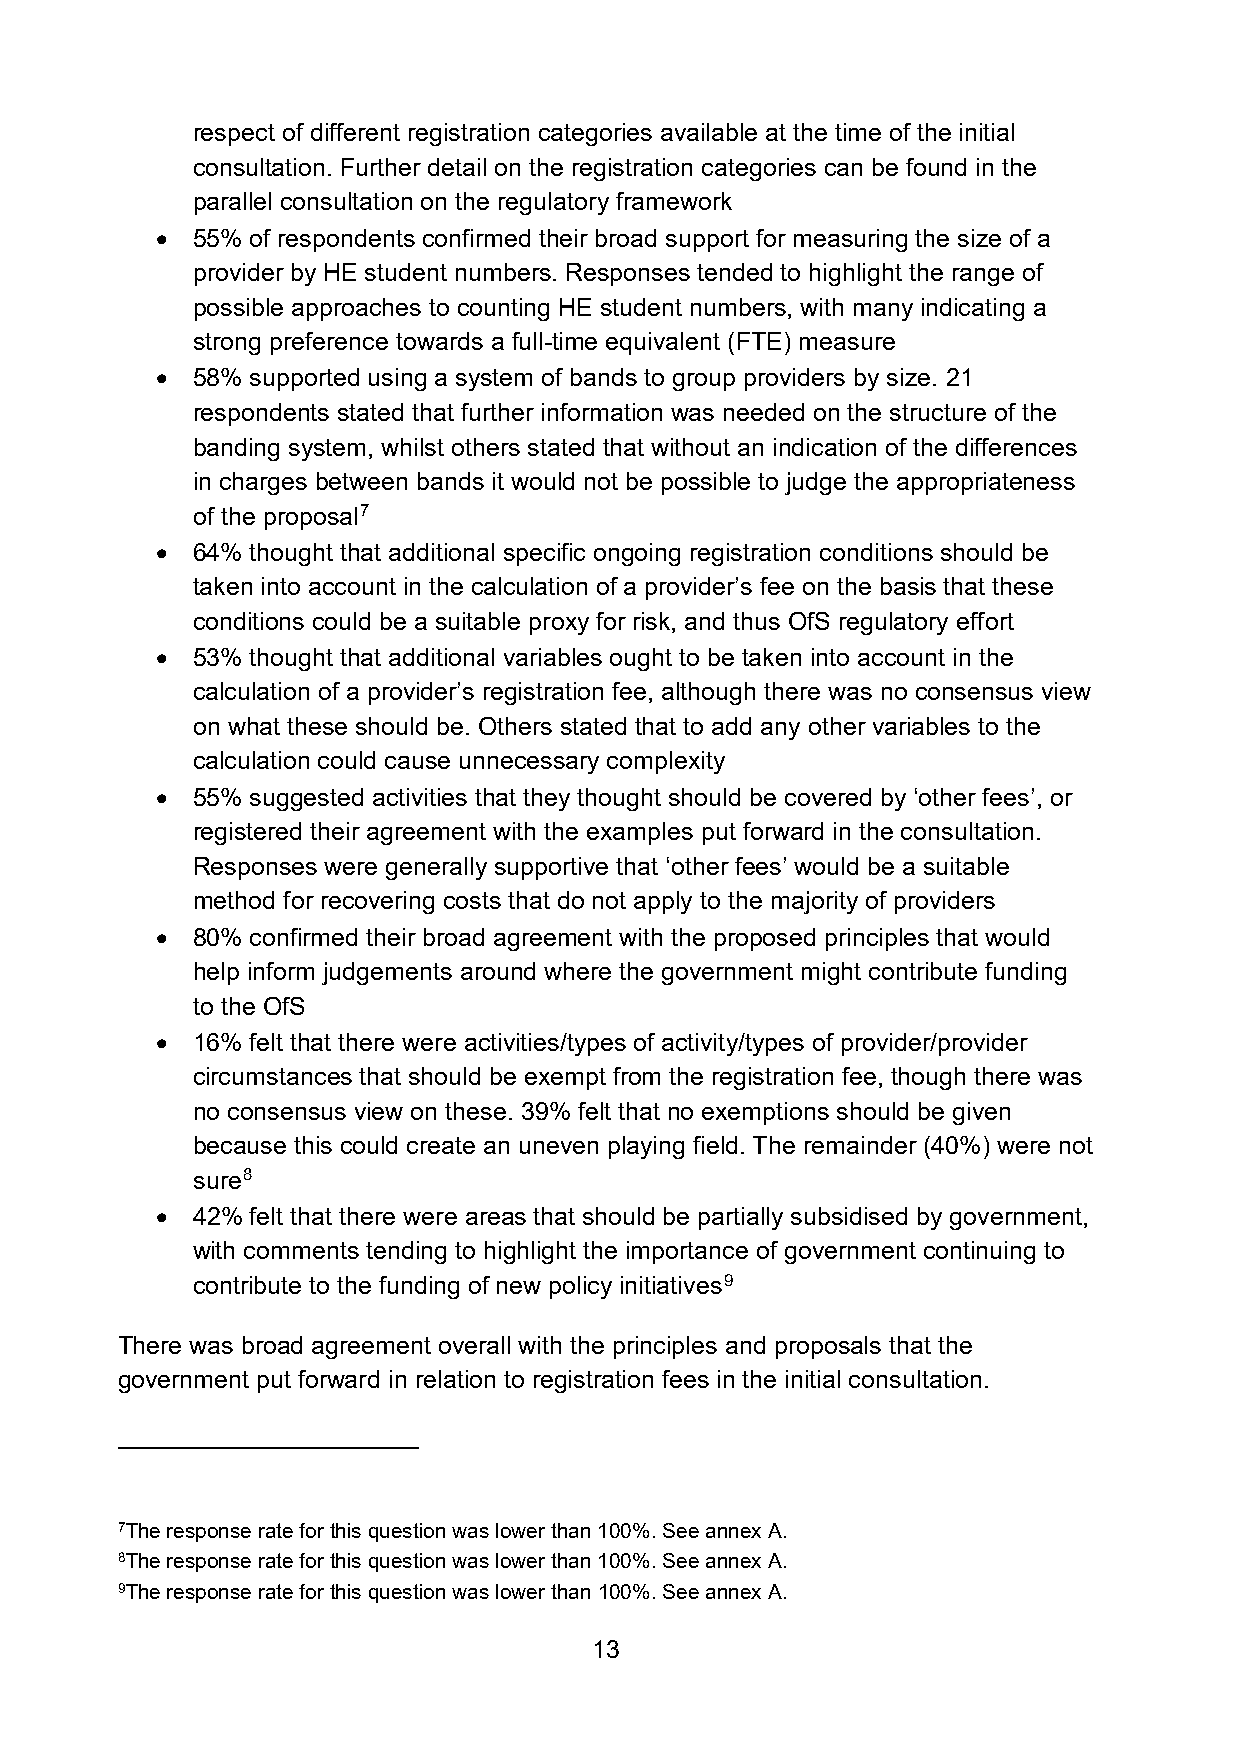
respect of different registration categories available at the time of the initial
 consultation. Further detail on the registration categories can be found in the
 parallel consultation on the regulatory framework
 •  55% of respondents confirmed their broad support for measuring the size of a
 provider by HE student numbers. Responses tended to highlight the range of
 possible approaches to counting HE student numbers, with many indicating a
 strong preference towards a full-time equivalent (FTE) measure
 •  58% supported using a system of bands to group providers by size. 21
 respondents stated that further information was needed on the structure of the
 banding system, whilst others stated that without an indication of the differences
 in charges between bands it would not be possible to judge the appropriateness
 of the proposal7
 •  64% thought that additional specific ongoing registration conditions should be
 taken into account in the calculation of a provider’s fee on the basis that these
 conditions could be a suitable proxy for risk, and thus OfS regulatory effort
 •  53% thought that additional variables ought to be taken into account in the
 calculation of a provider’s registration fee, although there was no consensus view
 on what these should be. Others stated that to add any other variables to the
 calculation could cause unnecessary complexity
 •  55% suggested activities that they thought should be covered by ‘other fees’, or
 registered their agreement with the examples put forward in the consultation.
 Responses were generally supportive that ‘other fees’ would be a suitable
 method for recovering costs that do not apply to the majority of providers
 •  80% confirmed their broad agreement with the proposed principles that would
 help inform judgements around where the government might contribute funding
 to the OfS
 •  16% felt that there were activities/types of activity/types of provider/provider
 circumstances that should be exempt from the registration fee, though there was
 no consensus view on these. 39% felt that no exemptions should be given
 because this could create an uneven playing field. The remainder (40%) were not
 sure8
 •  42% felt that there were areas that should be partially subsidised by government,
 with comments tending to highlight the importance of government continuing to
 contribute to the funding of new policy initiatives9
 There was broad agreement overall with the principles and proposals that the
 government put forward in relation to registration fees in the initial consultation.
 7The response rate for this question was lower than 100%. See annex A.
 8The response rate for this question was lower than 100%. See annex A.
 9The response rate for this question was lower than 100%. See annex A.
 13